DOW-UAP-D48, Department of the Air Force Report, 1996
Agency: Department of War
Incident date: 9/10/96
Page 73
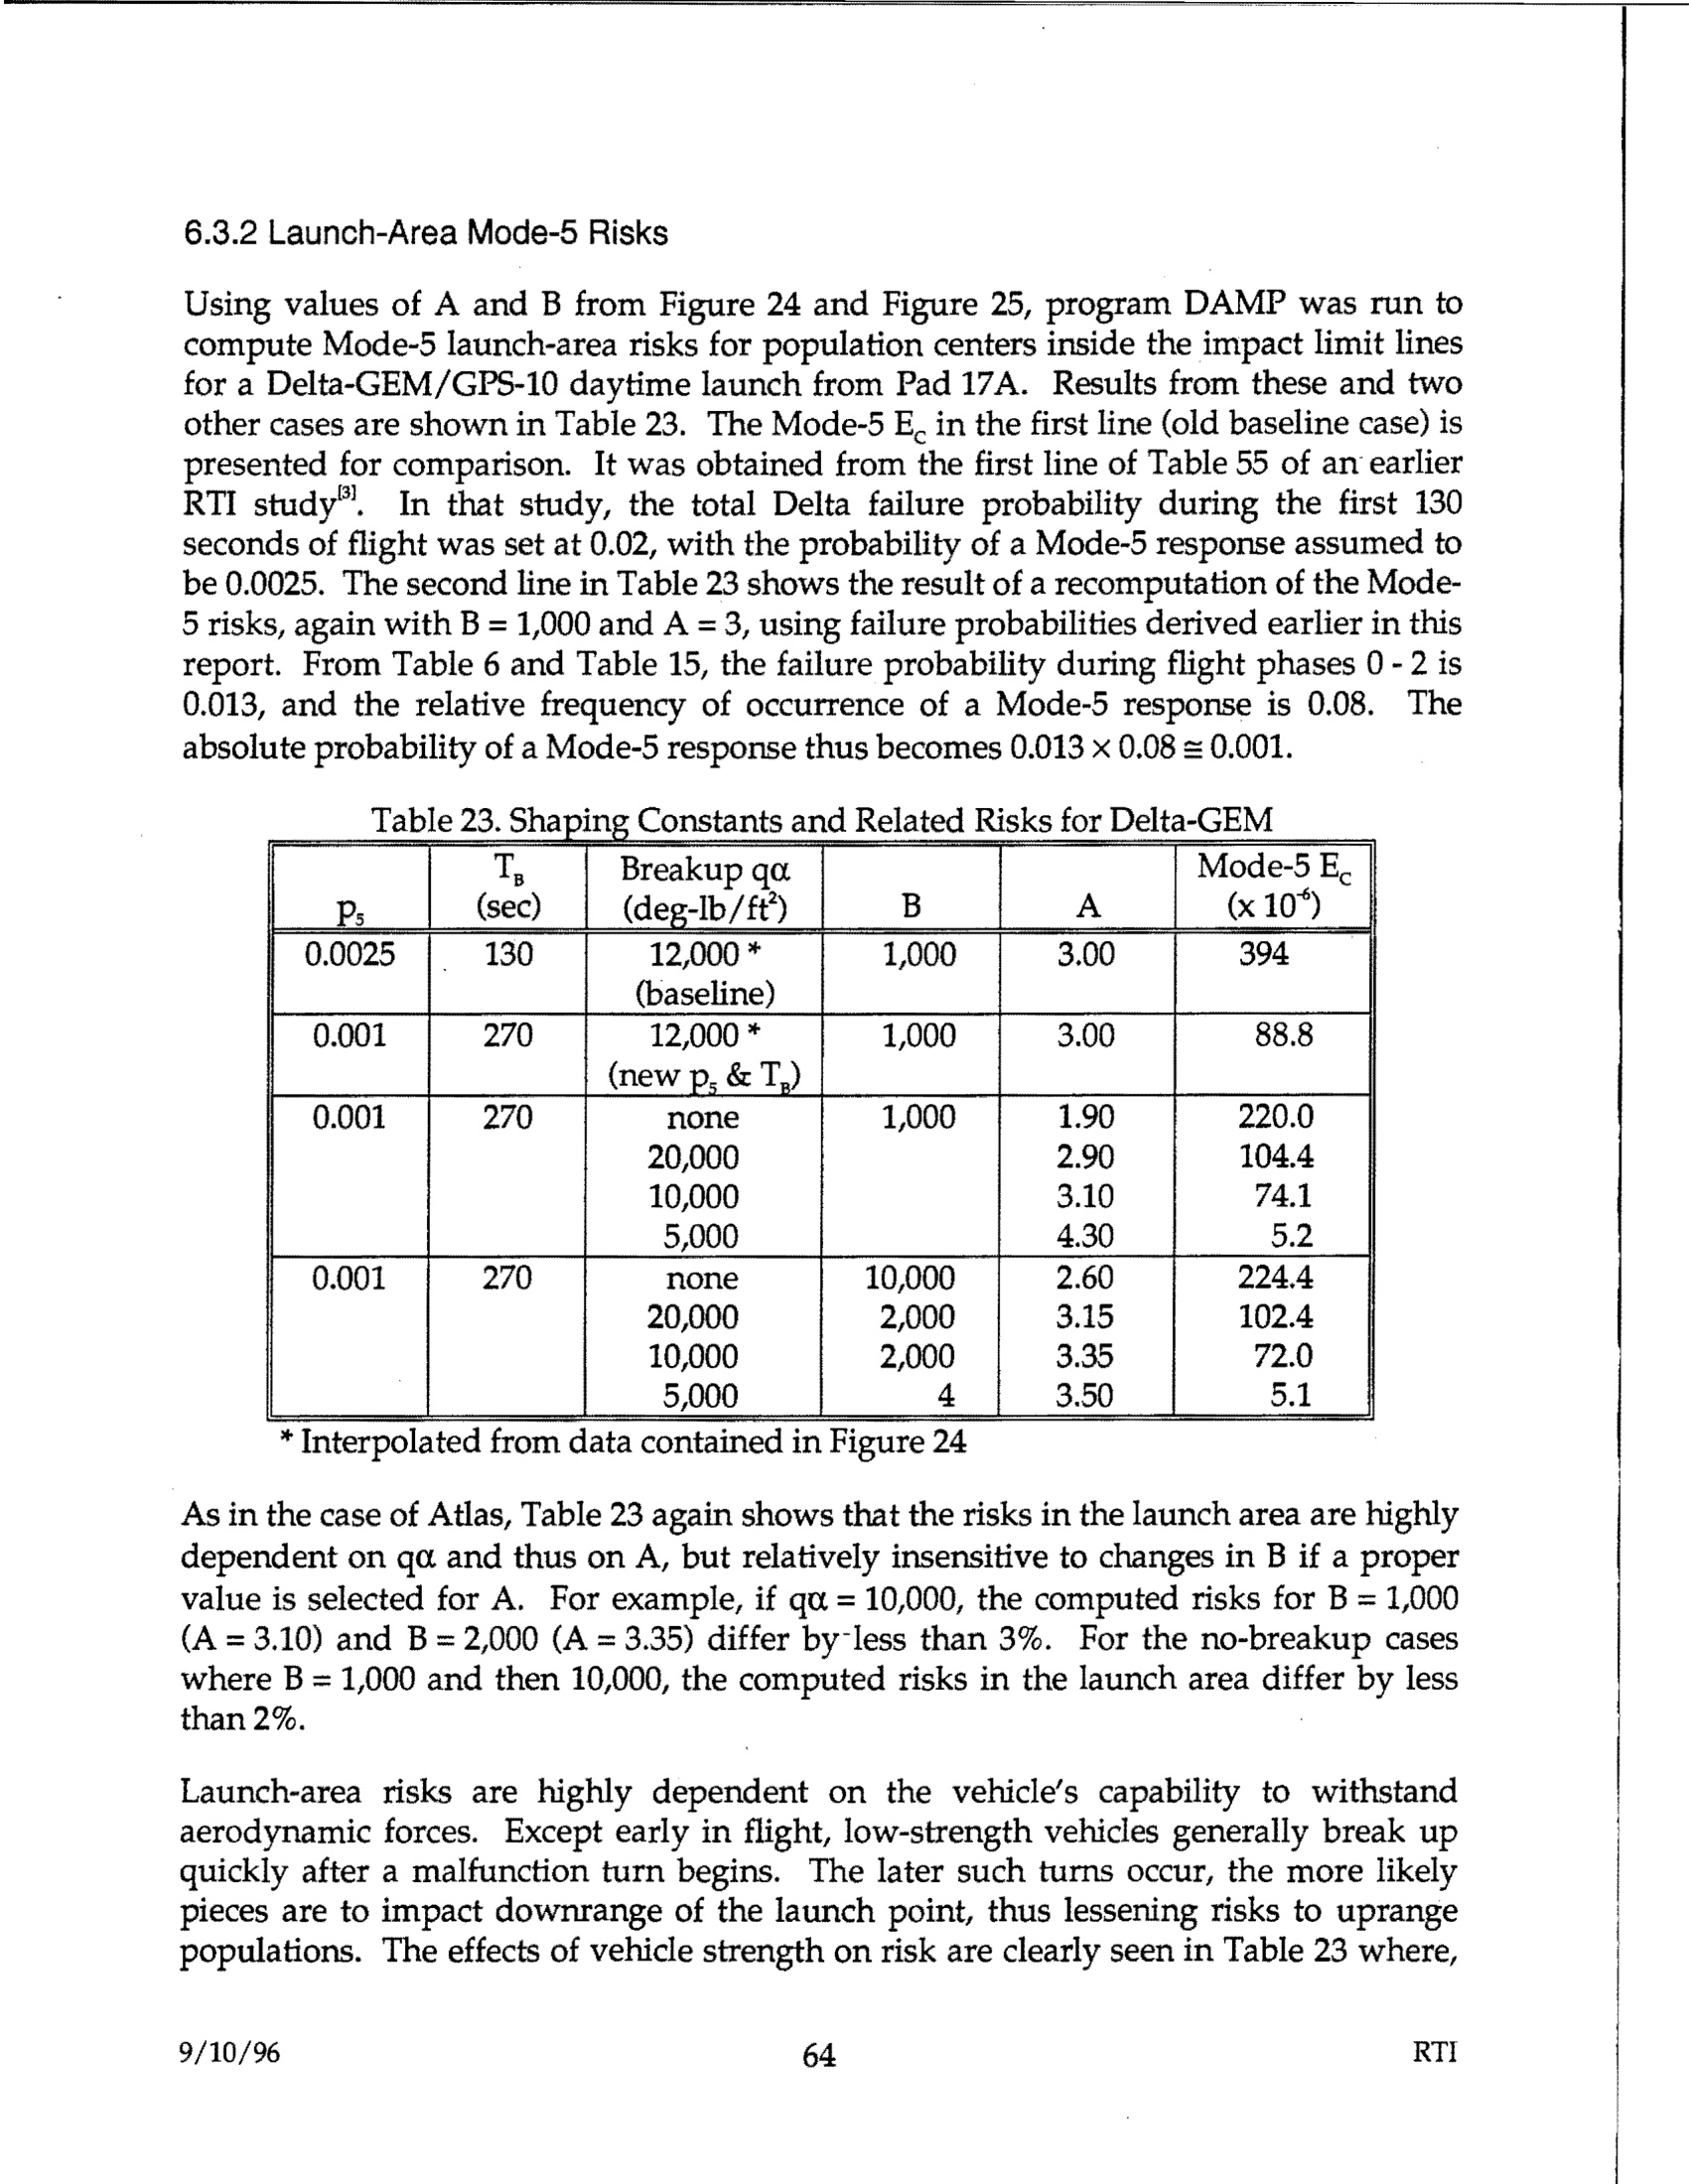